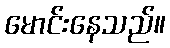
မောင်းနေသည်။